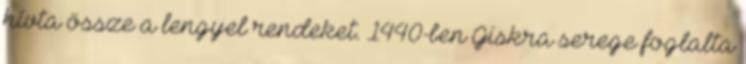
hívta össze a lengyel rendeket. 1440-ben Giskra serege foglalta